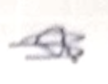
Text: a
Cross-out: scratch
Writing tool: pencil